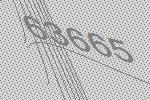
63665